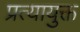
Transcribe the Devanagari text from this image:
प्रत्यायुक्त